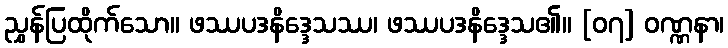
ညွှန်ပြထိုက်သော။ ဖဿပဒနိဒ္ဒေသဿ၊ ဖဿပဒနိဒ္ဒေသ၏။ [၀၇] ဝဏ္ဏနာ၊